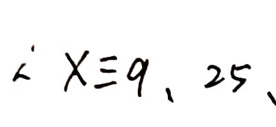
$X \equiv 9, 25$